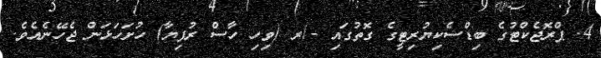
4. ޕްރޮޖެކްޓުގެ ބިޑްސެކިޔުރިޓީގެ ގޮތުގައި -/ރ (ވިހި ހާސް ރުފިޔާ) ހުށަހަޅަން ޖެހޭނެއެވެ.